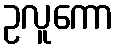
ဥလူကော